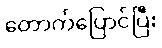
တောက်ပြောင်ပြီး